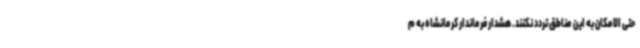
حتی الامکان به این مناطق تردد نکنند. هشدار فرماندار کرمانشاه به م